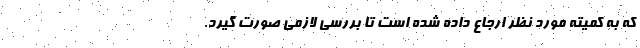
که به کمیته مورد نظر ارجاع داده شده است تا بررسی لازمی صورت گیرد.